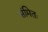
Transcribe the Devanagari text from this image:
संमितः